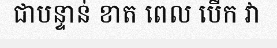
ជាបន្ទាន់ ខាត ពេល បើក វា